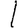
Digit: 1